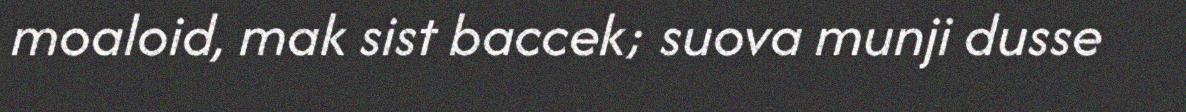
moaloid, mak sist baccek; suova munji dusse